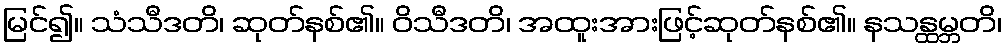
မြင်၍။ သံသီဒတိ၊ ဆုတ်နစ်၏။ ဝိသီဒတိ၊ အထူးအားဖြင့်ဆုတ်နစ်၏။ နသန္ထမ္ဘတိ၊